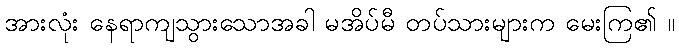
အားလုံး နေရာကျသွားသောအခါ မအိပ်မီ တပ်သားများက မေးကြ၏ ။